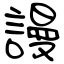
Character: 謾